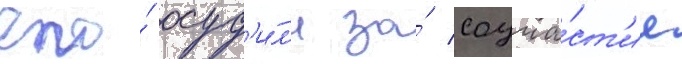
его́ осуд'и́л'и за́ соуча́ст'ие